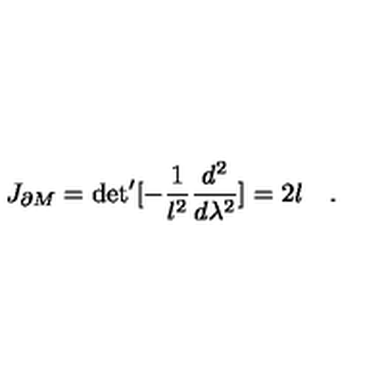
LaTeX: J _ { \partial M } = \mathrm { d e t } ^ { \prime } [ - { \frac { 1 } { l ^ { 2 } } } { \frac { d ^ { 2 } } { d \lambda ^ { 2 } } } ] = 2 l \quad .